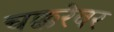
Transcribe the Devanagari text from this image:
चक्करेवर